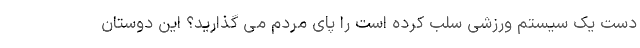
دست یک سیستم ورزشی سلب کرده است را پای مردم می گذارید؟ این دوستان